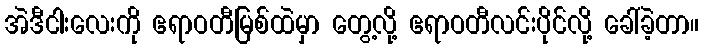
အဲဒီငါးလေးကို ဧရာဝတီမြစ်ထဲမှာ တွေ့လို့ ဧရာဝတီလင်းပိုင်လို့ ခေါ်ခဲ့တာ။